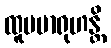
ထူပမာရုဟန္တိ